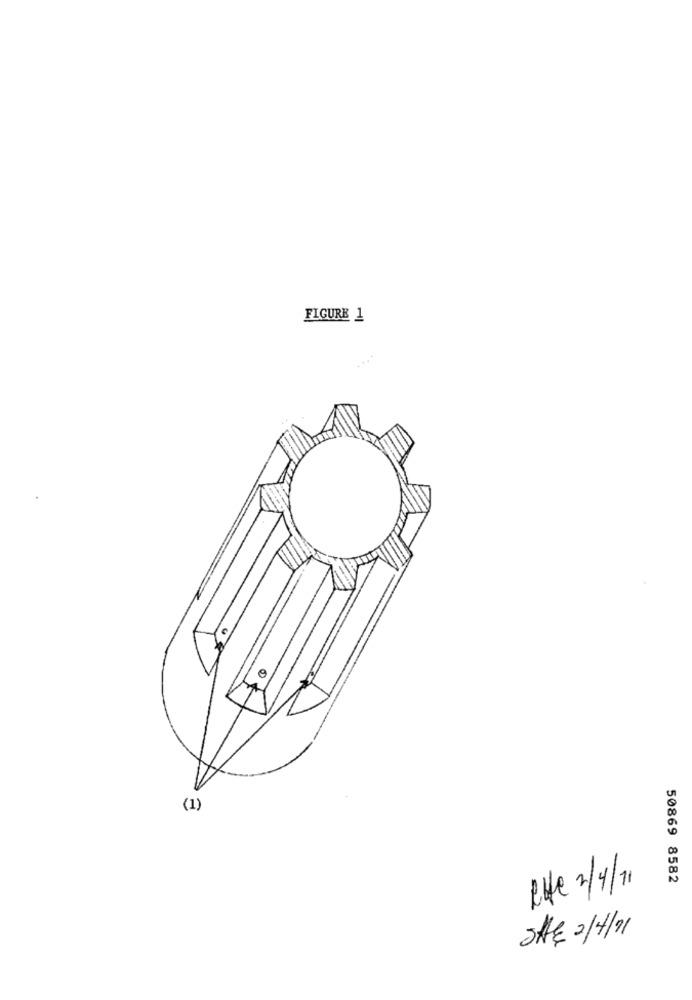
FIGURE 1
(1)
50869 8582
Rufe 3/4/11
SHE 2/4/91